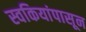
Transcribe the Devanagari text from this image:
स्वकियांपासून